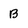
Character: B